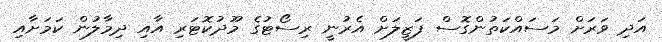
އަދި ވަރަށް މަސައްކަތުންގޮސް ފަޒީލަށް އެރުނީ ރިސޯޓުގެ މޫދުކޮޓަރި އާއި ދިމާލުން ކަމަށާއި